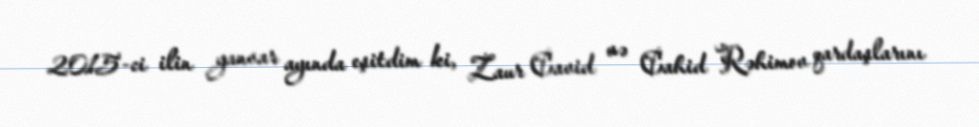
2015-ci ilin yanvar ayında eşitdim ki, Zaur Cavid və Cahid Rəhimov qardaşlarını